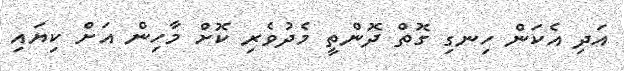
އަދި އެކަން ހިނގި ގޮތް ދޮންތީ މެދުވެރި ކޮށް މާހިން އަށް ކިޔައި